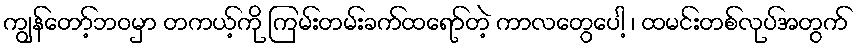
ကျွန်တော့်ဘဝမှာ တကယ့်ကို ကြမ်းတမ်းခက်ထရော်တဲ့ ကာလတွေပေါ့ ၊ ထမင်းတစ်လုပ်အတွက်